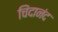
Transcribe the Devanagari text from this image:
चिंदानंद